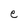
Character: e